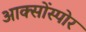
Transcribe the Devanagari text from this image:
आक्सोंस्पोर